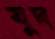
বুদ